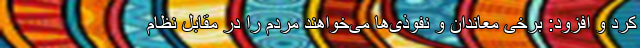
کرد و افزود: برخی معاندان و نفوذی‌ها می‌خواهند مردم را در مقابل نظام